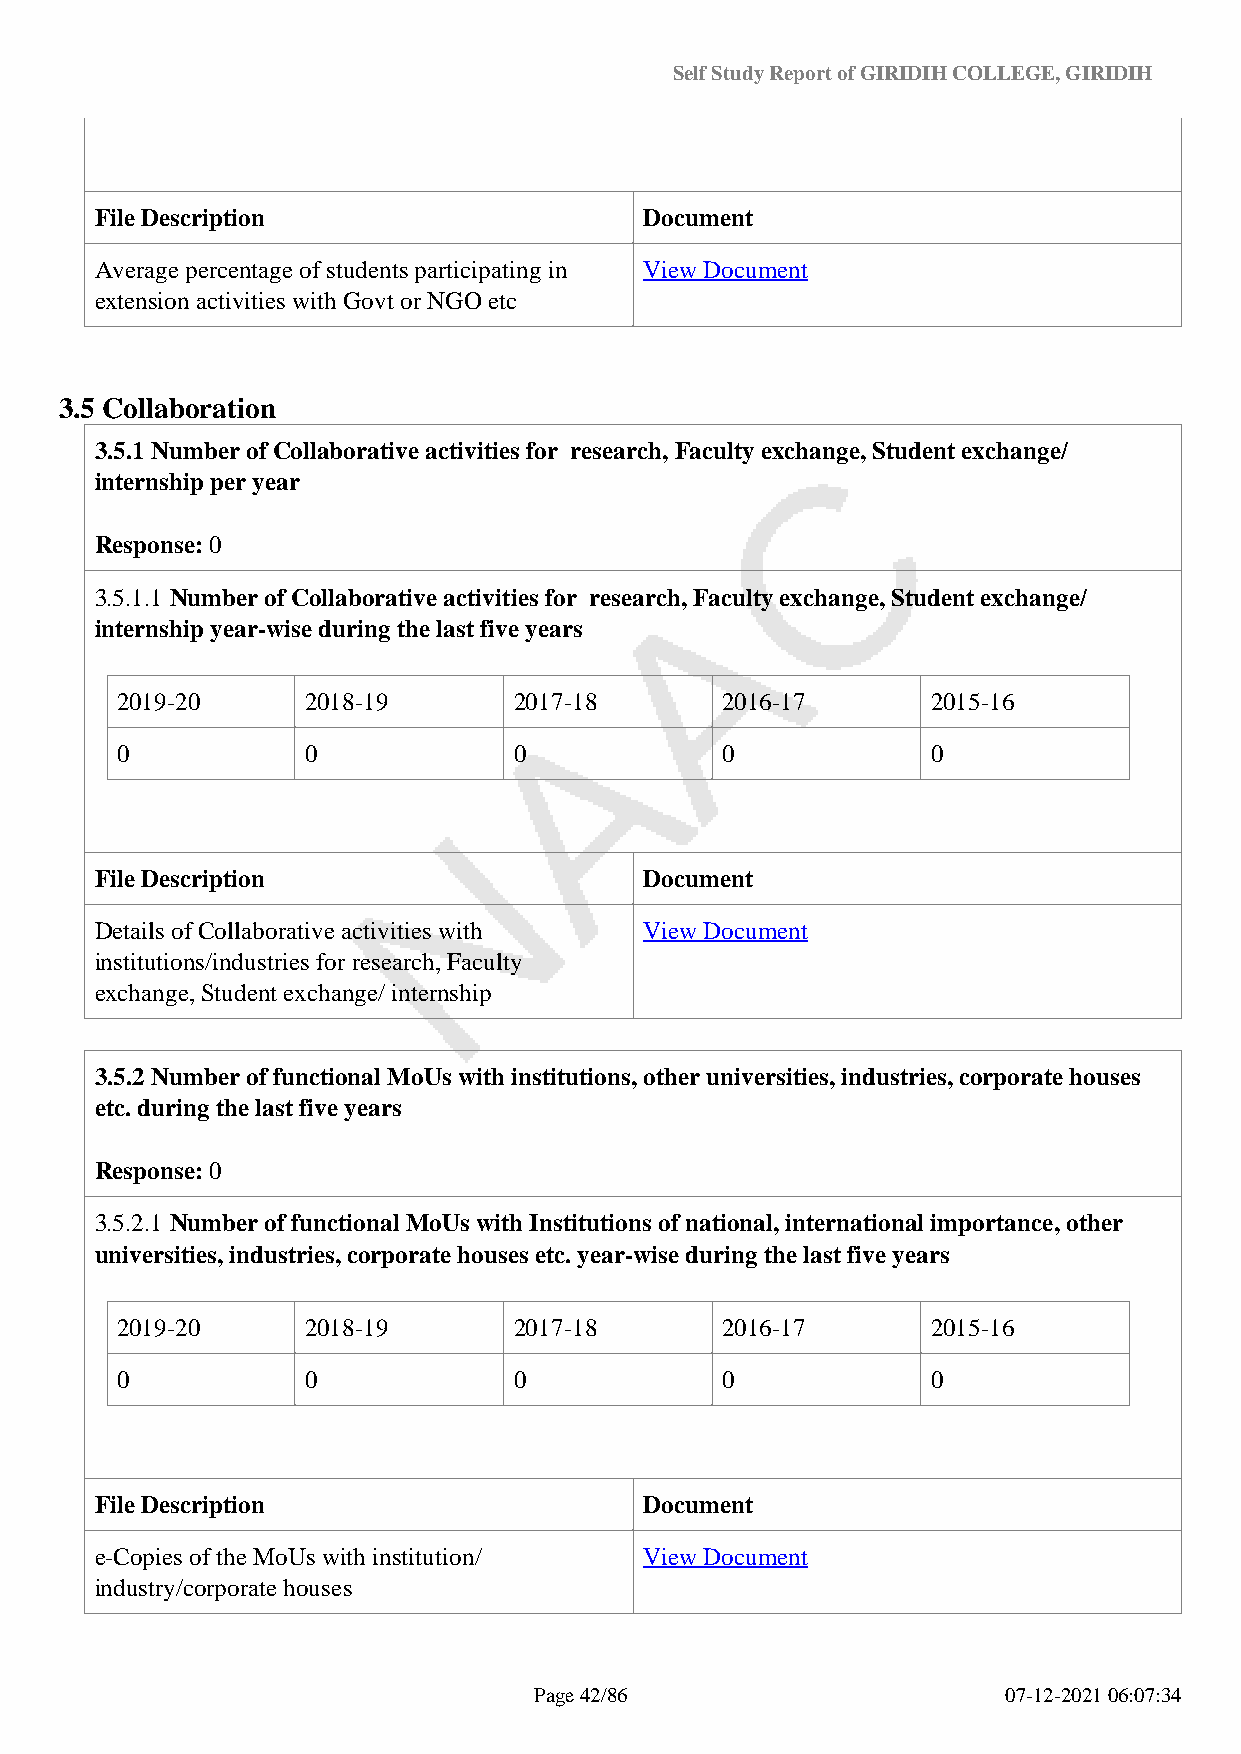
Self Study Report of GIRIDIH COLLEGE, GIRIDIH
 File Description                     Document
 Average percentage of students participating in View Document
 extension activities with Govt or NGO etc
 3.5 Collaboration
 3.5.1 Number of Collaborative activities for research, Faculty exchange, Student exchange/
 internship per year
 Response: 0
 3.5.1.1 Number of Collaborative activities for research, Faculty exchange, Student exchange/
 internship year-wise during the last five years
 2019-20     2018-19       2017-18       2016-17       2015-16
 0           0             0             0             0
 File Description                     Document
 Details of Collaborative activities with View Document
 institutions/industries for research, Faculty
 exchange, Student exchange/ internship
 3.5.2 Number of functional MoUs with institutions, other universities, industries, corporate houses
 etc. during the last five years
 Response: 0
 3.5.2.1 Number of functional MoUs with Institutions of national, international importance, other
 universities, industries, corporate houses etc. year-wise during the last five years
 2019-20     2018-19       2017-18       2016-17       2015-16
 0           0             0             0             0
 File Description                     Document
 e-Copies of the MoUs with institution/ View Document
 industry/corporate houses
 Page 42/86                      07-12-2021 06:07:34